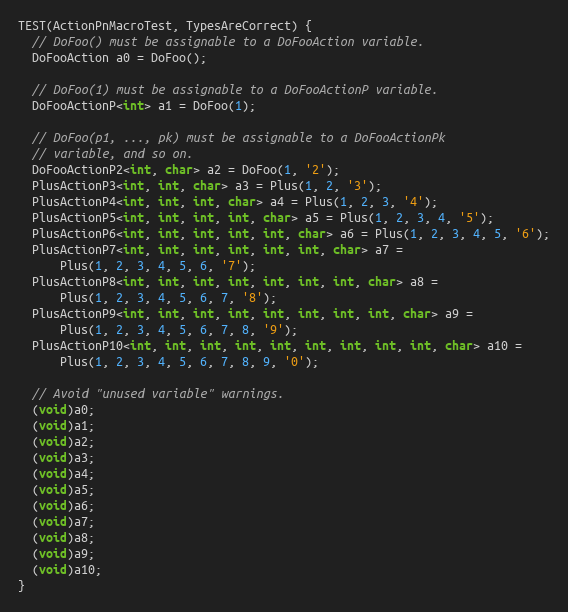
Language: C++
TEST(ActionPnMacroTest, TypesAreCorrect) {
  // DoFoo() must be assignable to a DoFooAction variable.
  DoFooAction a0 = DoFoo();

  // DoFoo(1) must be assignable to a DoFooActionP variable.
  DoFooActionP<int> a1 = DoFoo(1);

  // DoFoo(p1, ..., pk) must be assignable to a DoFooActionPk
  // variable, and so on.
  DoFooActionP2<int, char> a2 = DoFoo(1, '2');
  PlusActionP3<int, int, char> a3 = Plus(1, 2, '3');
  PlusActionP4<int, int, int, char> a4 = Plus(1, 2, 3, '4');
  PlusActionP5<int, int, int, int, char> a5 = Plus(1, 2, 3, 4, '5');
  PlusActionP6<int, int, int, int, int, char> a6 = Plus(1, 2, 3, 4, 5, '6');
  PlusActionP7<int, int, int, int, int, int, char> a7 =
      Plus(1, 2, 3, 4, 5, 6, '7');
  PlusActionP8<int, int, int, int, int, int, int, char> a8 =
      Plus(1, 2, 3, 4, 5, 6, 7, '8');
  PlusActionP9<int, int, int, int, int, int, int, int, char> a9 =
      Plus(1, 2, 3, 4, 5, 6, 7, 8, '9');
  PlusActionP10<int, int, int, int, int, int, int, int, int, char> a10 =
      Plus(1, 2, 3, 4, 5, 6, 7, 8, 9, '0');

  // Avoid "unused variable" warnings.
  (void)a0;
  (void)a1;
  (void)a2;
  (void)a3;
  (void)a4;
  (void)a5;
  (void)a6;
  (void)a7;
  (void)a8;
  (void)a9;
  (void)a10;
}